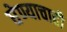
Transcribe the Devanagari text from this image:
घेण्याचाही